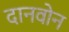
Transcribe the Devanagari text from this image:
दानवोन